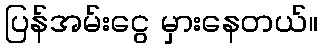
ပြန်အမ်းငွေ မှားနေတယ်။